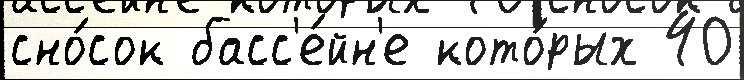
сно́сок басс'е́йн'е кото́рых 40